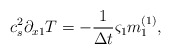
\begin{align*}c_s^2\partial _{x1}T =-\frac{1}{\Delta t} {\varsigma}_1{m}_1 ^{(1)},\end{align*}